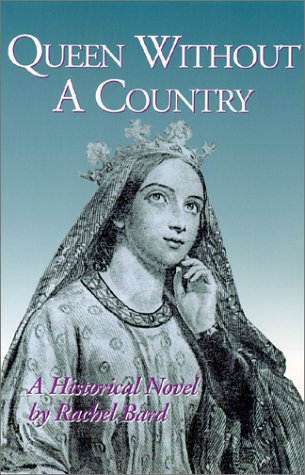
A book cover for Queen Without A Country; Rachel Bard; Literature & Fiction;